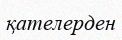
қателерден